Report of the Hyderabad Chloroform Commission
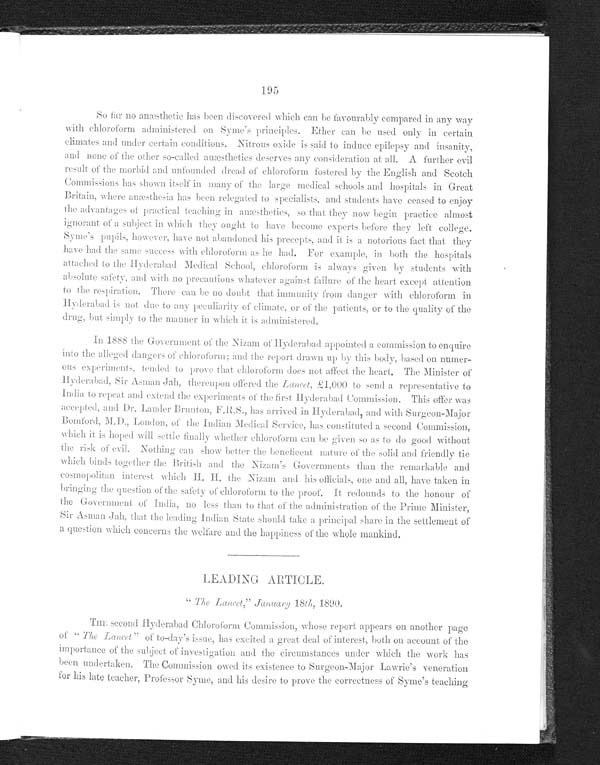
195
So far no anæsthetic has been discovered which can he favourably compared in any way
with chloroform administered on Syme's principles. Ether can be used only in certain
climates and under certain conditions. Nitrous oxide is said to induce epilepsy and insanity,
and none of the other so-called anæsthetics deserves any consideration at all. A further evil
result of the morbid and unfounded dread of chloroform fostered by the English and Scotch
Commissions has shown itself' in many of the large medical schools and hospitals in Great
Britain, where anæsthesia has been relegated to specialists, and students have ceased to enjoy
the advantages of practical teaching in anæsthetics, so that they now begin practice almost
ignorant of a subject in which they ought to have become experts before they left college.
Syme’s pupils, however, have not abandoned his precepts, and it is a notorious fact that they
have had the same success with chloroform as he had. For example, in both the hospitals
attached to the Hyderabad Medical School, chloroform is always given by students with
absolute safety, and with no precautions 'whatever against failure of the heart except attention
to the respiration. There can he no doubt that immunity from danger with chloroform in
Hyderabad is not due to any peculiarity of climate. oro f t h e p a t i e n t s , o r t o t h e q u a l i t y o f t h e
drug, but simply to the manner in which it i s a d mi n i s t e r e d .
In 1888 the Government of the Nizam of Hyderabad appointed a commission to enquire
into the alleged dangers of chloroform; and the report drawn up by this body, based on numer--
ous experiments, tended to provet h a t c h l o r o f o r m d o e s n o t a f f e c tt
h e h e a r t . T h e M i n i s t e r o f
Hyderabad, Sir Asman Jab, thereupon of fered the lancet £1,000 to send a representative to
India to repeat and extend the experiments Of the first Hyderabad commission. This offer was
accepted, and Dr. Lauder Brunton, F.R.S., has a r r i v e d
i n H y d e r a b a d , a n d w i t h s u r g e o n - M a j o r
Bomford, M.D., L o n d o n , o f t h e I n d i a n M e d i c a l S e r v i c e , h a s c o n s t i t u t e da
s e c o n d C o m m i s s i o n ,
which it is hoped will settle finally whether chloroform can be given so as to do good without
the risk of evil. Nothing. can show better the beneficent nature of the solid and friendly tie
which binds together the British and the Nizam’s Goverments than the re
m a r k b l e a n d c o s m o p o l i t a n i n t e r e s t w h i c h H .H
. t h e N i z a m a n d h i s o f f i c i a l s , o n e a n d a l l , h a v e t a k e n i n
bringing the question of the safety of chloroform to the proof. It redounds to the honour of
the Government of India, no less than to that of the administration of the Prime Minister,
Asman Jah, that the leading Indian State should take a principal share in the settlement of
a question which concerns the welfare and the happiness of the whole mankind.
LEADING ARTICLE.
" The Lancet," January 18th, 1890.
THE second Hyderabad Chloroform Commission, whose report appears on another page
of “The Lancet " of to-day's issue, has excited a great deal of interest, - both on account of the
importance of the subject of investigation and the circumstances under which the work has
been undertaken. The Commission owed its existence to Surgeon-Major Lawrie's veneration
for his late teacher, Professor Syme, and his desire to prove the correctness of Syme’s teaching